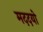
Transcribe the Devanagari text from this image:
मददयो